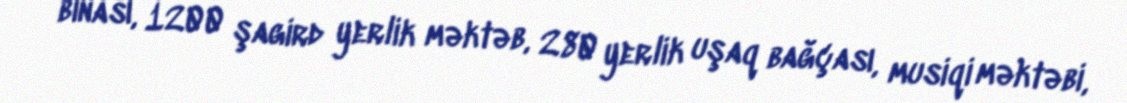
binası, 1200 şagird yerlik məktəb, 280 yerlik uşaq bağçası, musiqi məktəbi,